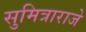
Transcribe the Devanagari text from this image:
सुमित्राराजे